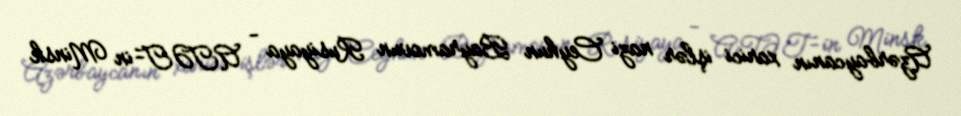
Azərbaycanın xarici işlər nazi Ceyhun Bayramovun Rusiyaya - ATƏT-in Minsk